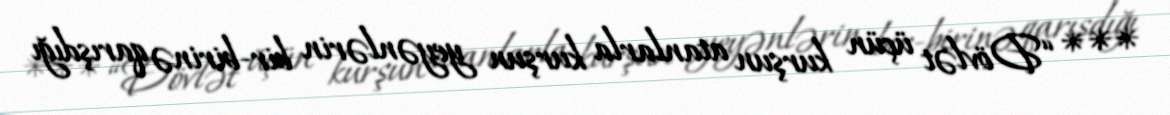
*** “Dövlət üçün kurşun atanlarla kurşun yeyənlərin bir-birinə qarışdığı